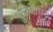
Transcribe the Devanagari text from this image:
कुब्जाघर